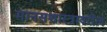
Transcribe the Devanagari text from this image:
मानसशास्‍त्रावरील